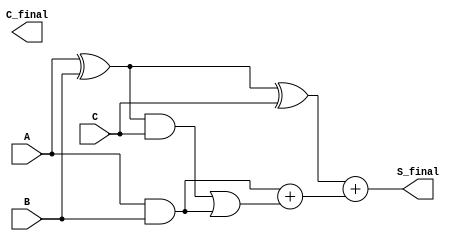
module CarrySaveAdder (
    input [31:0] A,    // First operand
    input [31:0] B,    // Second operand
    input [31:0] C,    // Third operand
    output [31:0] S_final, // Final sum output
    output [31:0] C_final  // Final carry output
);

    wire [31:0] S1; // Partial sum from A and B
    wire [31:0] C1; // Carry from A and B
    wire [31:0] S2; // Partial sum from S1 and C
    wire [31:0] C2; // Carry from S1 and C

    // Stage 1: Compute Partial Sum and Carry for A and B
    assign S1 = A ^ B;      // Partial Sum S1 = A XOR B
    assign C1 = A & B;      // Carry C1 = A AND B

    // Stage 2: Combine Partial Sum S1 with C
    assign S2 = S1 ^ C;     // Partial Sum S2 = S1 XOR C
    assign C2 = (S1 & C) | C1; // Carry C2 = (S1 AND C) OR C1

    // Final Carry Calculation
    wire [31:0] C_final_temp; // Temporary carry for final addition
    assign C_final_temp = C1 + C2; // Final carry = C1 + C2

    // Final Sum Calculation
    assign S_final = S2 + C_final_temp; // Final sum = S2 + C_final_temp

endmodule